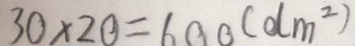
3 0 \times 2 0 = 6 0 0 ( d m ^ { 2 } )